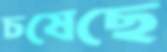
চষেছে